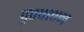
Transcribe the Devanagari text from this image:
दुरदराज